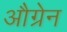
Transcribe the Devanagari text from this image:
औग्रेन